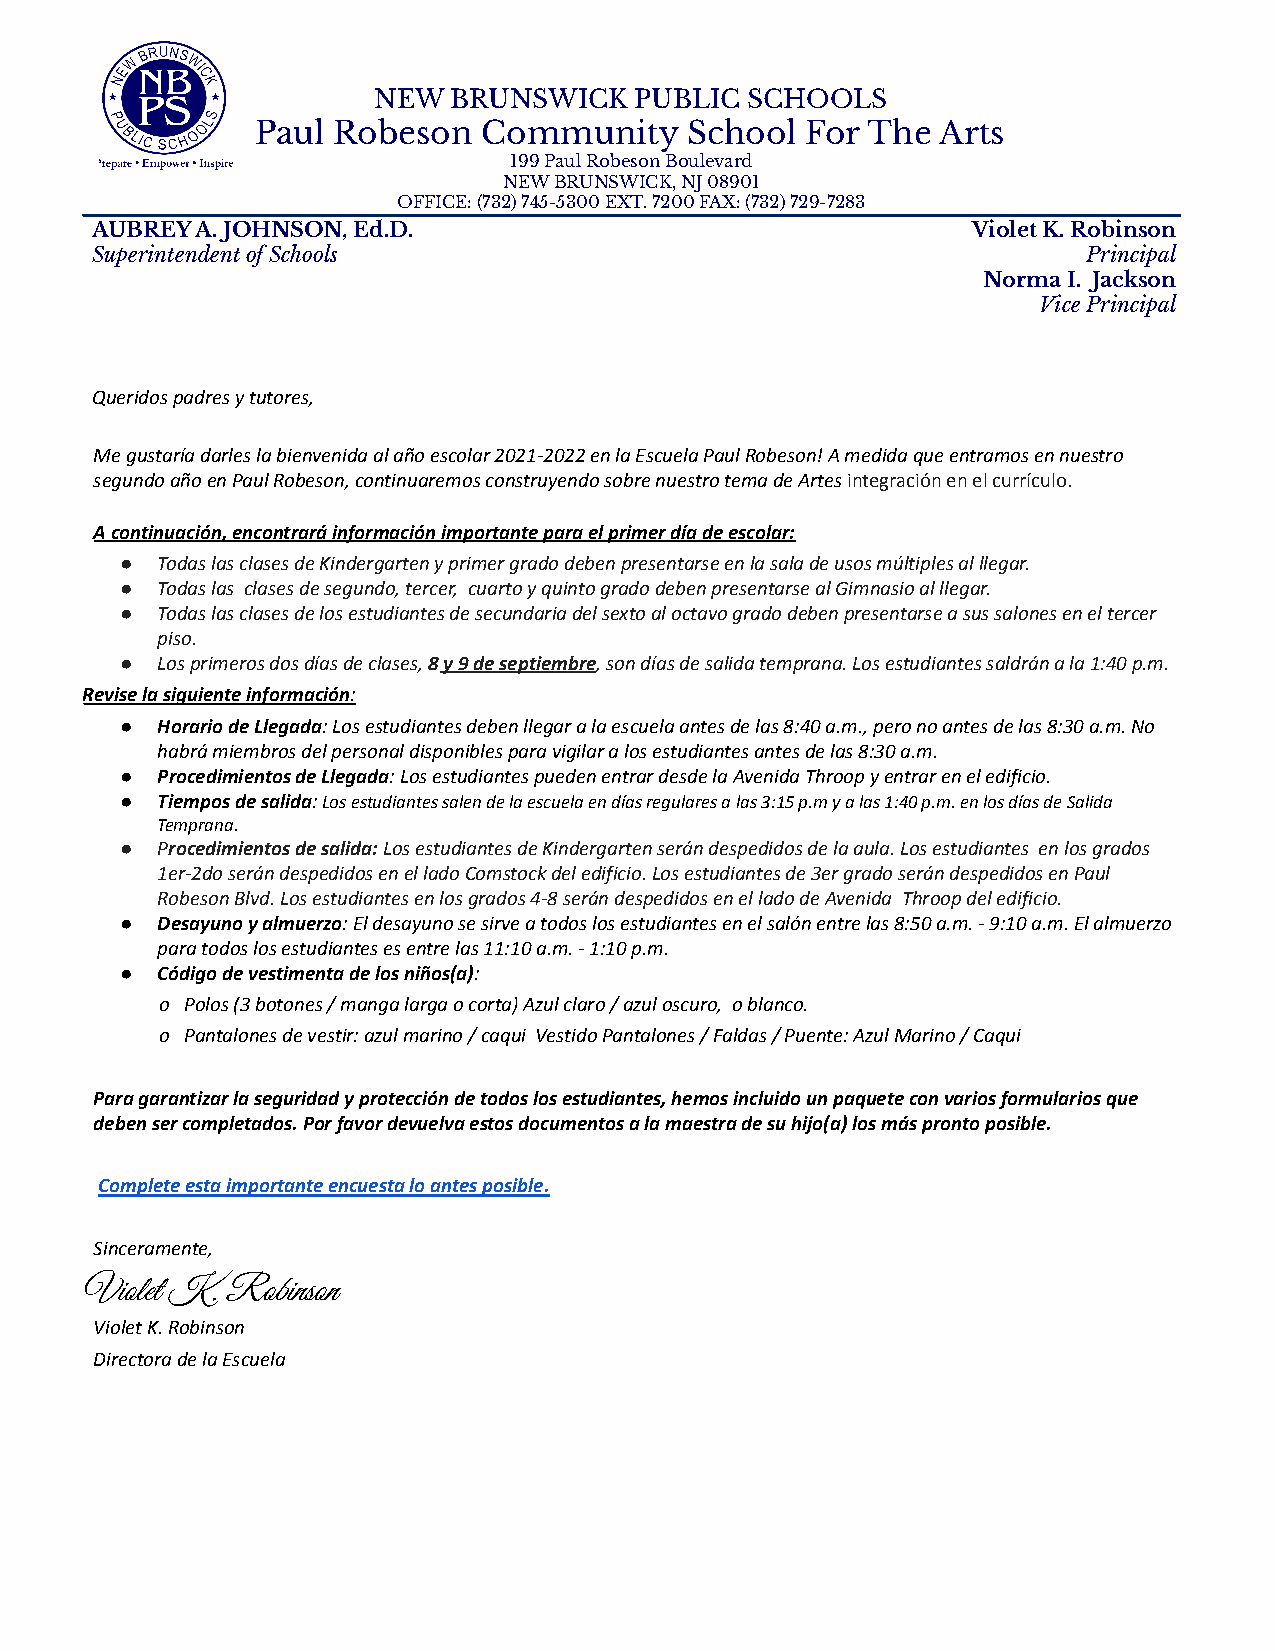
NEW  BRUNSWICK   PUBLIC SCHOOLS
 Paul Robeson   Community    School  For The  Arts
 199 Paul Robeson Boulevard
 NEW BRUNSWICK, NJ 08901
 OFFICE: (732) 745-5300 EXT. 7200 FAX: (732) 729-7283
 AUBREY A. JOHNSON, Ed.D.                                  Violet K. Robinson
 Superintendent of Schools                                         Principal
 Norma I. Jackson
 Vice Principal
 Queridos padres y tutores,
 Me gustaría darles la bienvenida al año escolar 2021-2022en la Escuela Paul Robeson! A medida que entramosen nuestro
 segundo año en Paul Robeson, continuaremos construyendosobre nuestro tema de Artesintegración en el currículo.
 A continuación, encontrará información importantepara el primer día de escolar:
 ● Todas las clases de Kindergarten y primer grado debenpresentarse en la sala de usos múltiples al llegar.
 ● Todas las clases de segundo, tercer, cuarto y quintogrado deben presentarse al Gimnasio al llegar.
 ● Todas las clases de los estudiantes de secundariadel sexto al octavo grado deben presentarse a sussalones en el tercer
 piso.
 ● Los primeros dos días de clases,8y 9 de septiembre,son días de salida temprana. Los estudiantes saldrána la 1:40 p.m.
 Revise la siguiente información:
 ● Horario de Llegada: Los estudiantes deben llegar ala escuela antes de las 8:40 a.m., pero no antesde las 8:30 a.m. No
 habrá miembros del personal disponibles para vigilara los estudiantes antes de las 8:30 a.m.
 ● Procedimientos de Llegada: Los estudiantes puedenentrar desde la Avenida Throop y entrar en el edificio.
 ● Tiempos de salida:Los estudiantes salen de la escuelaen días regulares a las 3:15 p.m y a las 1:40 p.m.en los días de Salida
 Temprana.
 ● Procedimientos de salida:Los estudiantes de Kindergartenserán despedidos de la aula. Los estudiantes enlos grados
 1er-2do serán despedidos en el lado Comstock del edificio.Los estudiantes de 3er grado serán despedidos enPaul
 Robeson Blvd. Los estudiantes en los grados 4-8 serándespedidos en el lado de Avenida Throop del edificio.
 ● Desayuno y almuerzo: El desayuno se sirve a todoslos estudiantes en el salón entre las 8:50 a.m. -9:10 a.m. El almuerzo
 para todos los estudiantes es entre las 11:10 a.m.- 1:10 p.m.
 ● Código de vestimenta de los niños(a):
 o Polos (3 botones / manga larga ocorta) Azul claro / azul oscuro, o blanco.
 o Pantalones de vestir: azul marino/ caqui Vestido Pantalones / Faldas / Puente: AzulMarino / Caqui
 Para garantizar la seguridad y protección de todoslos estudiantes, hemos incluido un paquete con variosformularios que
 deben ser completados. Por favor devuelva estos documentosa la maestra de su hijo(a) los más pronto posible.
 Complete esta importante encuesta lo antes posible.
 Sinceramente,
 Violet K. Robinson
 Violet K. Robinson
 Directora de la Escuela